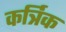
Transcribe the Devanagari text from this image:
कर्त्रिक